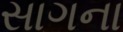
સાગના